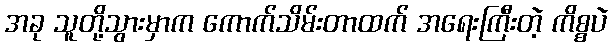
အခု သူတို့သွားမှာက ကောက်သိမ်းတာထက် အရေးကြီးတဲ့ ကိစ္စပဲ